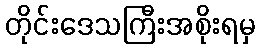
တိုင်းဒေသကြီးအစိုးရမှ